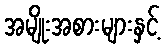
အမျိုးအစားများနှင့်